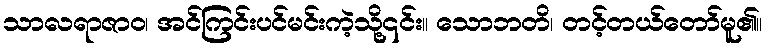
သာလရာဇာဝ၊ အင်ကြင်းပင်မင်းကဲ့သို့၎င်း။ သောဘတိ၊ တင့်တယ်တော်မူ၏။